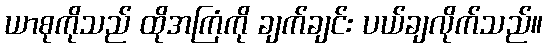
ယာစုကိုသည် ထိုအကြံကို ချက်ချင်း ပယ်ချလိုက်သည်။